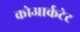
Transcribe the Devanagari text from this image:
कोआर्कटेट